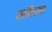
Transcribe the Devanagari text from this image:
कवितायए